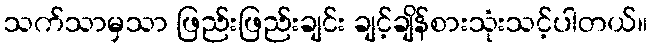
သက်သာမှသာ ဖြည်းဖြည်းချင်း ချင့်ချိန်စားသုံးသင့်ပါတယ်။